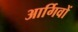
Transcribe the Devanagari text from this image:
आर्गिवों